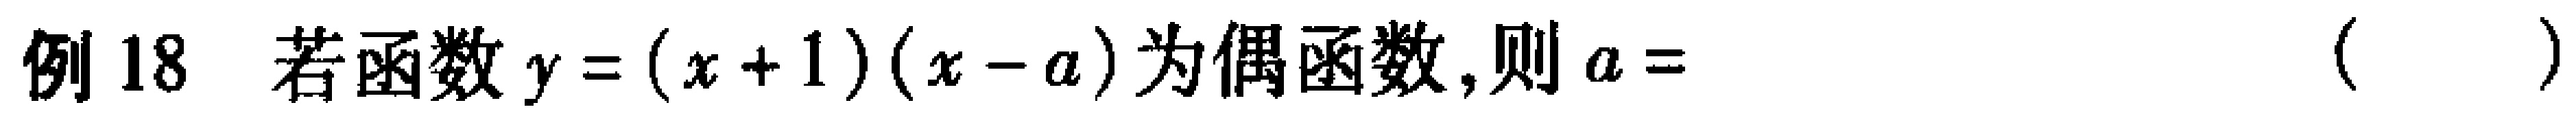
例18 若函数\(y=(x + 1)(x - a)\)为偶函数,则\(a=\) （  ）